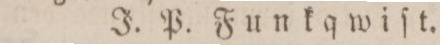
J. P. Funkqwiſt.